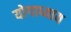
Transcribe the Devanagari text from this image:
योगाध्याय